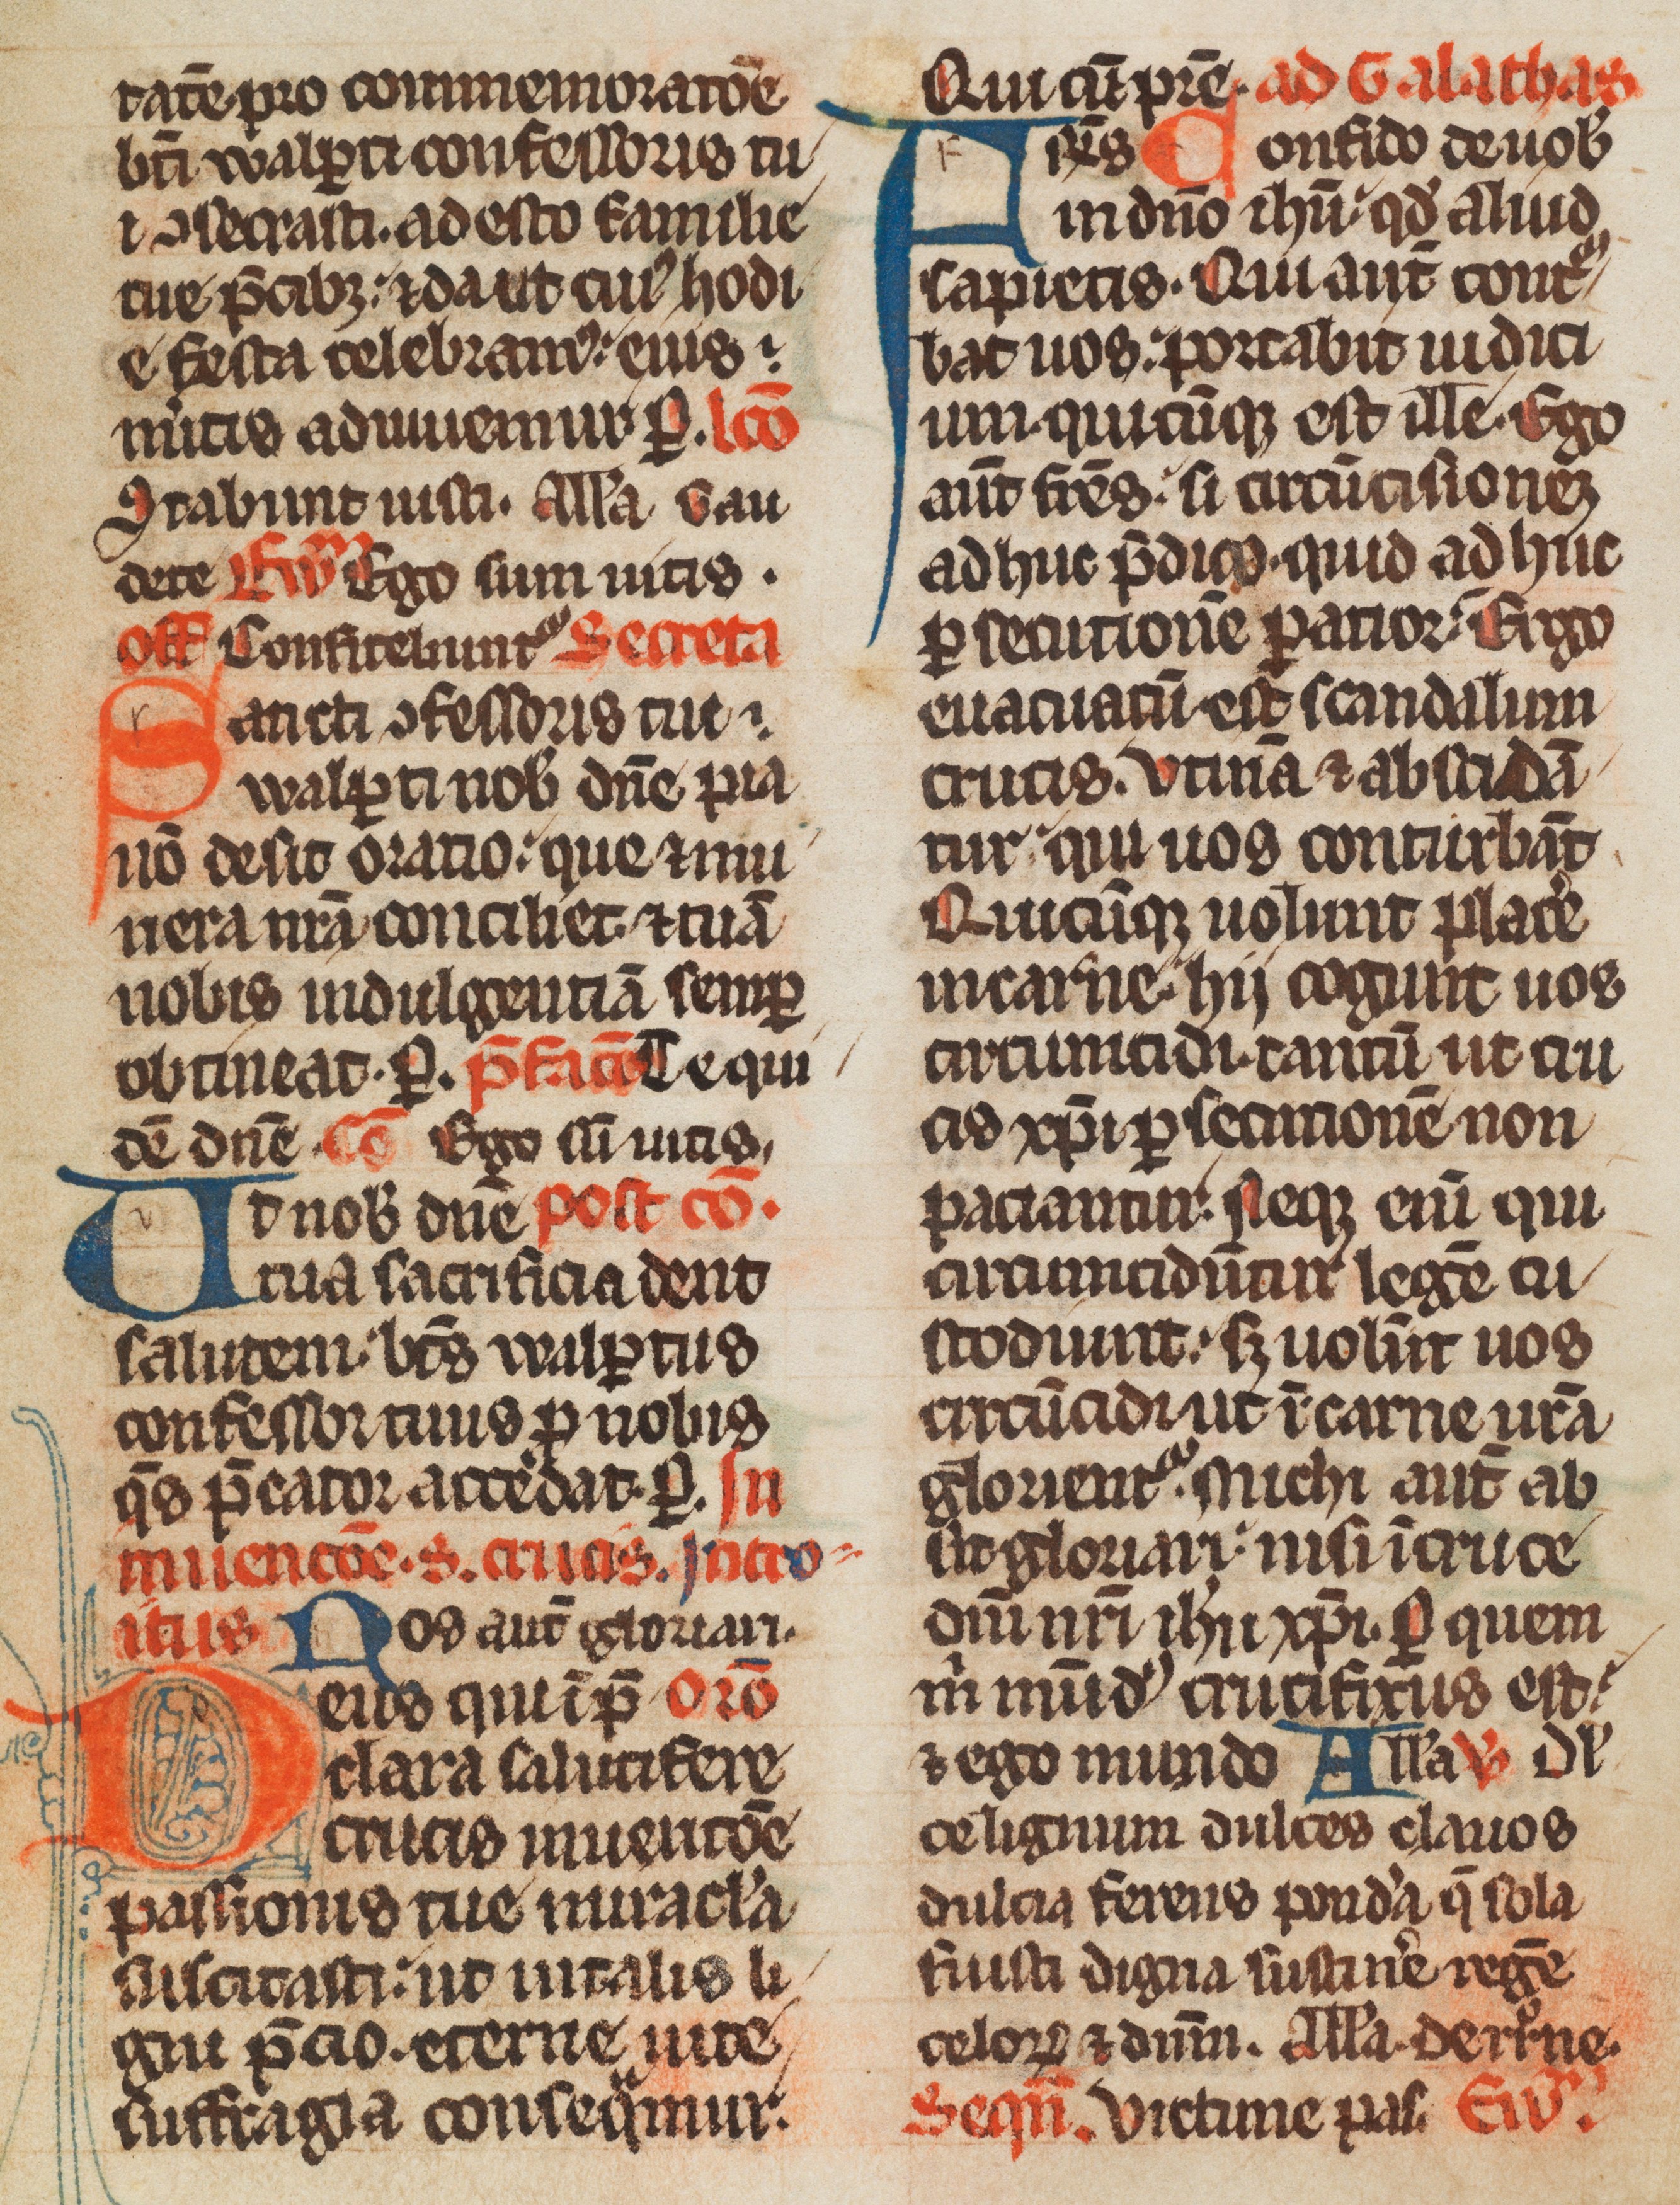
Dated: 1285–1315